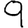
Digit: 9